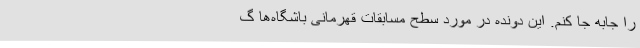
را جابه جا کنم. این دونده در مورد سطح مسابقات قهرمانی باشگاه‌ها گ